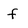
Character: f